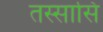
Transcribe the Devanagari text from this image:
तस्सासि